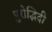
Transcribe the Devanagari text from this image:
पुरोद्भिदी